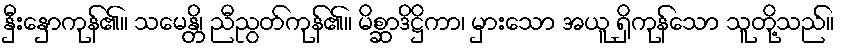
နှီးနှောကုန်၏။ သမေန္တိ၊ ညီညွတ်ကုန်၏။ မိစ္ဆာဒိဋ္ဌိကာ၊ မှားသော အယူ ရှိကုန်သော သူတို့သည်။